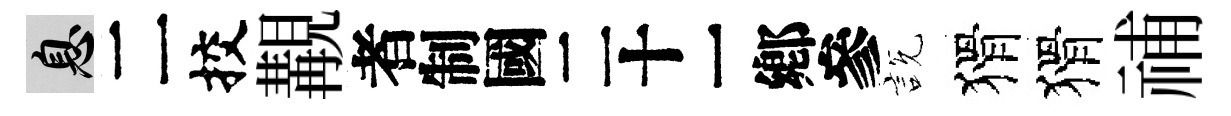
息二挍覯识説猾猾𥙷